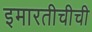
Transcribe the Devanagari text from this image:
इमारतीचीची